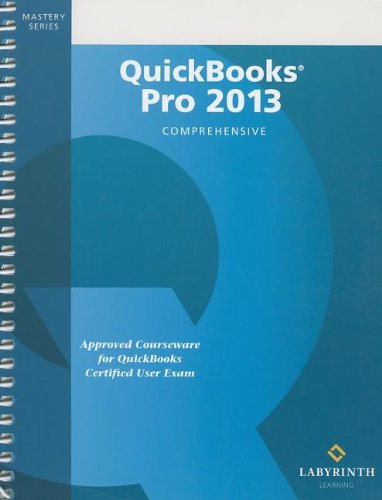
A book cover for QuickBooks Pro 2013: Comprehensive; Trisha Conlon; Computers & Technology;